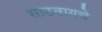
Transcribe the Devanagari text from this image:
साठवायचे